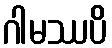
ဂါမဿပိ